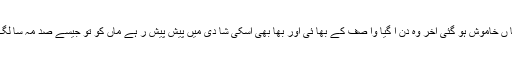
اور پھرما ں خاموش ہو گئی آخر وہ دن آ گیا وا صف کے بھا ئی اور بھا بھی اسکی شا دی میں پیش پیش ر ہے ماں کو تو جیسے صد مہ سا لگ گیا تھا ۔